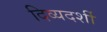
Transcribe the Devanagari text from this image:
दिव्‍यदर्शी